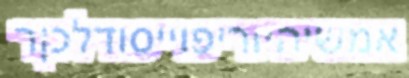
אמשיהיוריפוייסודלכןר